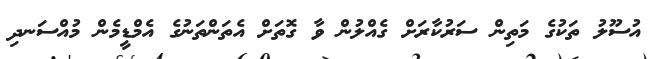
އުސޫލު ތަކުގެ މަތިން ސަރުކާރަށް ގެއްލުން ވާ ގޮތަށް އެތަންތަނުގެ އެމްޑީމެން މުއްސަނދި